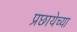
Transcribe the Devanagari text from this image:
प्रछायेच्या